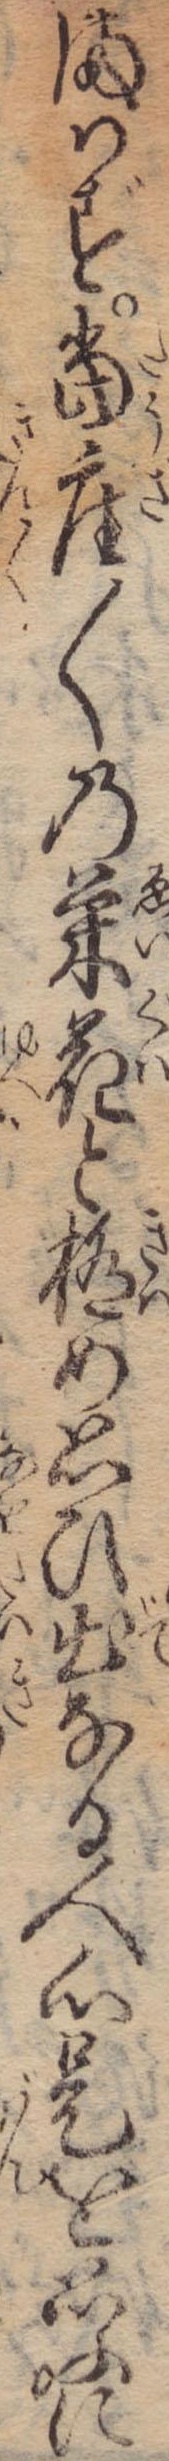
まはず当座〱の栄花と極め思ひ出なる人心是を思ふに